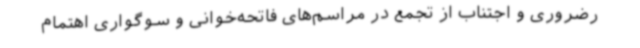
رضروری و اجتناب از تجمع در مراسم‌های فاتحه‌خوانی و سوگواری اهتمام